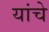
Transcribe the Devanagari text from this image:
यांचेे